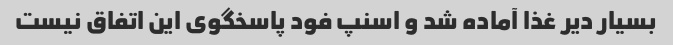
بسیار دیر غذا آماده شد و اسنپ فود پاسخگوی این اتفاق نیست